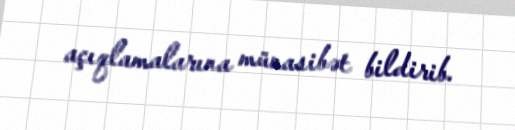
açıqlamalarına münasibət bildirib.